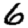
Digit: 6